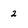
Character: 2